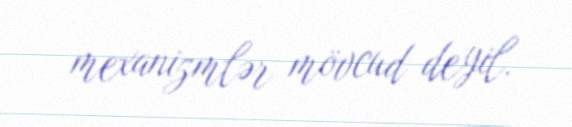
mexanizmlər mövcud deyil.